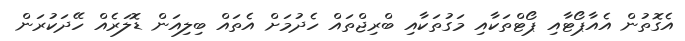
އެގޮތުން އެއާޕޯޓާއި ޕޯޓްތަކާއި މަގުތަކާއި ބްރިޖްތައް ހެދުމަށް އެތައް ބިލިއަން ޑޮލަރެއް ހޭދަކުރަން